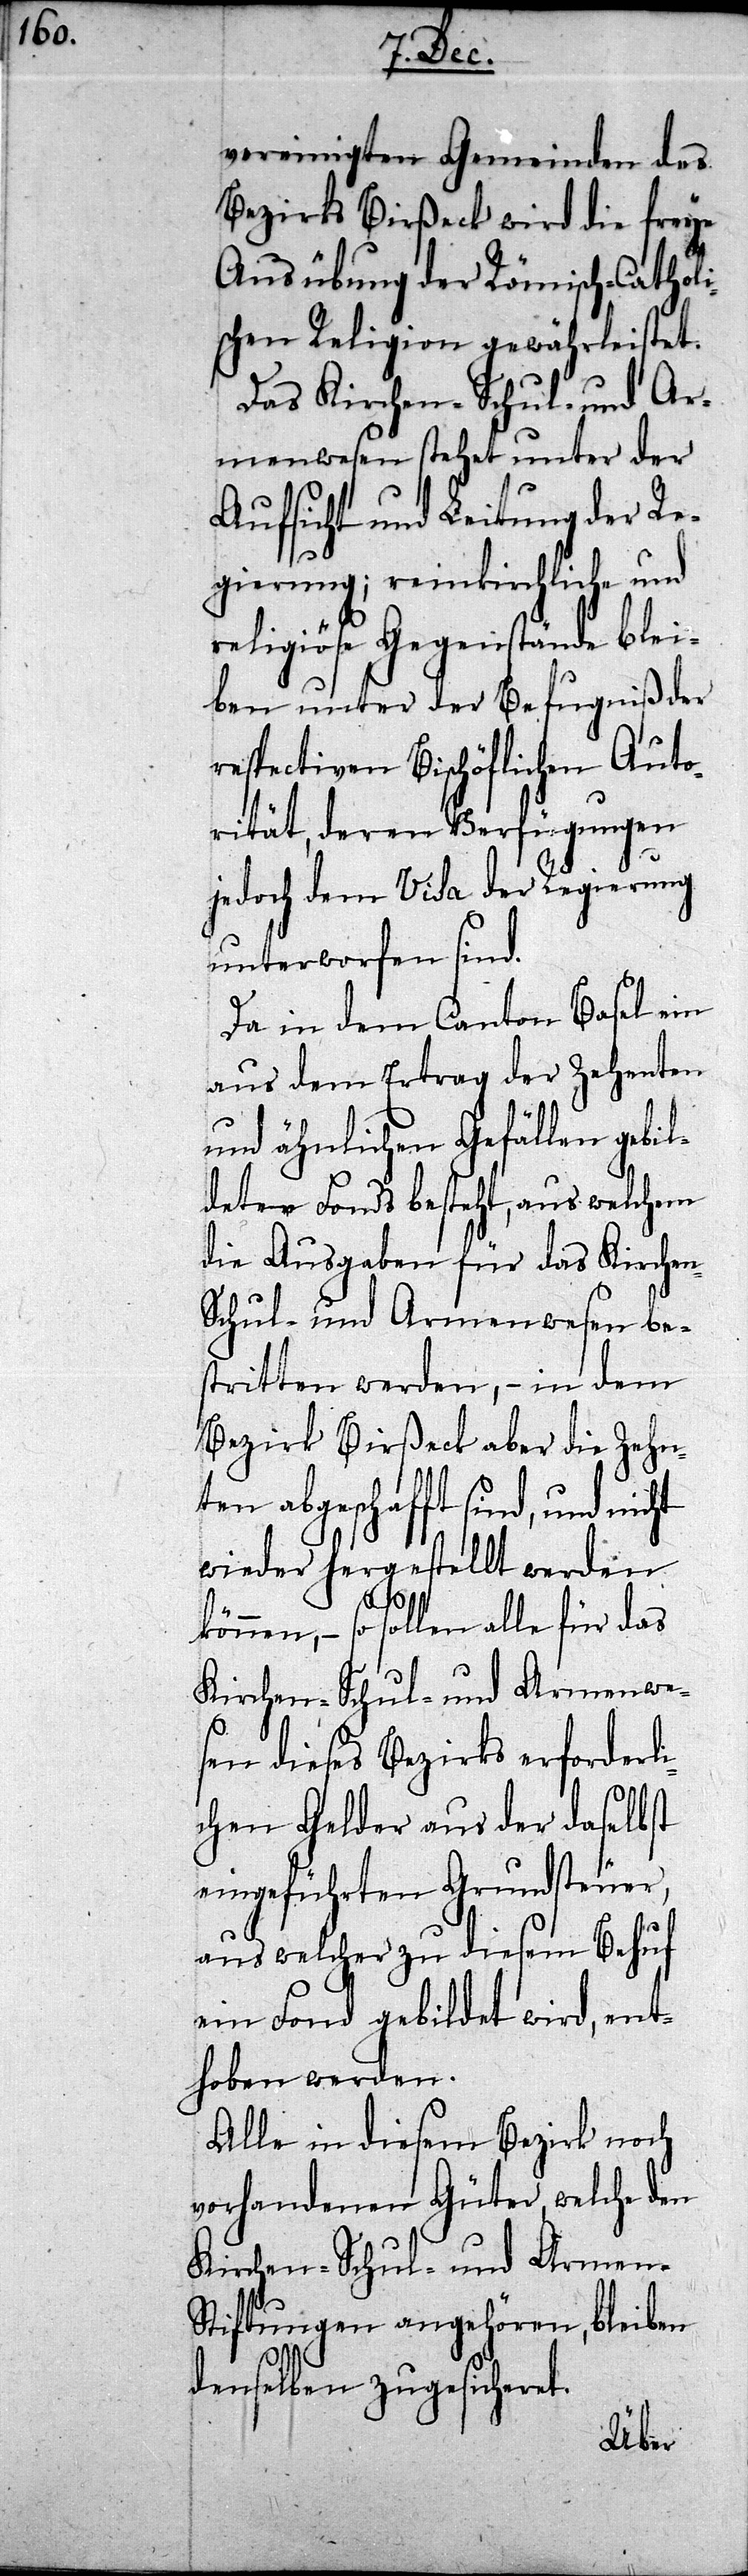
vereinigten Gemeinden des
Bezirks Birßeck wird die freye
Ausübung der Römisc¬
schen Religion ge¬
Das Kirchen- Schul-
menwesen stehet unt¬
Aufsicht und Leitung der Re¬
gierung; reinkirchliche und
religiöse Gegenstände blei¬
ben unter der Befugniß
respectiven Bischöfli¬
orität, deren Verf¬
ung
jedoch dem Visa der Reg¬
unterworfen sind.
Da in dem Canton
enten
aus dem Ertrag d¬
und ähnlichen Gefä¬
l¬
deter Fonds besteht, aus
die Ausgaben für
stritten werden,
Bezirk Birßeck aber
ten abgeschafft sin¬
d,
wieder hergestellt werden
das
können, – so sollen al¬
Kirchen- Schul und Armen-S¬
sen dieses Bezirks erforder¬
uer,
chen Gelder aus der
eingeführten Grund¬
für
aus welcher zu die¬
ein Fond gebildet wird, ent¬
hoben werden.
Alle in diesem Bezirk noch
vorhandenen Güter, welche den
tiftungen angehören, bleiben
denselben zugesicheret.
sem

le